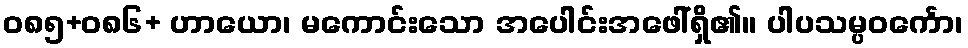
ဝ၈၅+၀၈၆+ ဟာယော၊ မကောင်းသော အပေါင်းအဖေါ်ရှိ၏။ ပါပသမ္ပဝင်္ကော၊